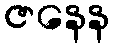
ဇနေန